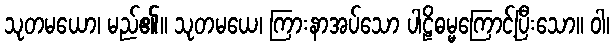
သုတမယော၊ မည်၏။ သုတမယေ၊ ကြားနာအပ်သော ပါဠိဓမ္မကြောင့်ပြီးသော။ ဝါ၊